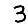
Digit: 3